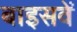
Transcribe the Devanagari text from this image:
बाइसवें